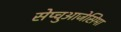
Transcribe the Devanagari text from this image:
सेप्चुआजेसिमा